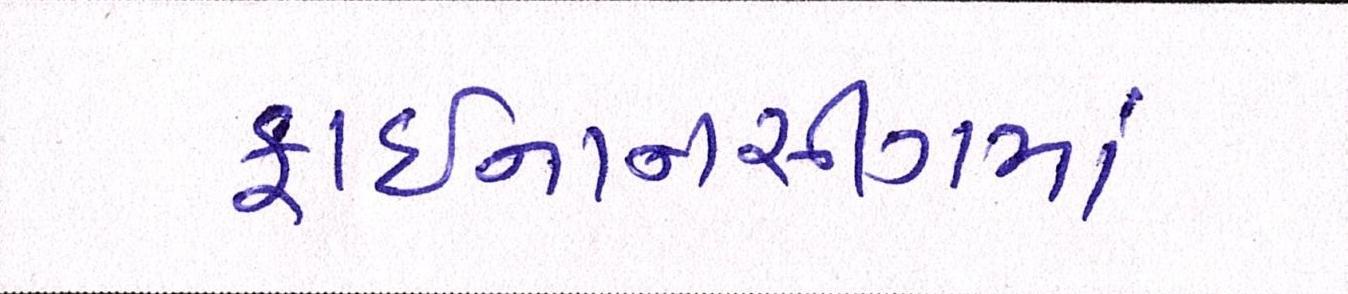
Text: ફાઈનાનસીંગમાં